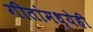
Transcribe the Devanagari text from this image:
गीतांमध्येही